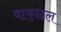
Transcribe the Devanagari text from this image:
वाक्‌छल